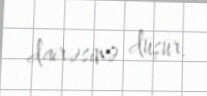
dairəsinə düşür.